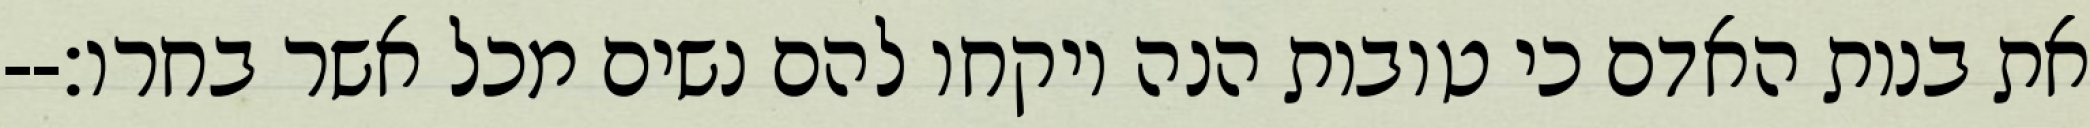
את בנות האדם כי טובות הנה ויקחו להם נשים מכל אשר בחרו׃--